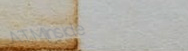
ATMInside